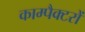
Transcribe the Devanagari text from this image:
काम्पैक्टरों